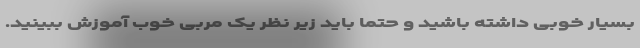
بسیار خوبی داشته باشید و حتما باید زیر نظر یک مربی خوب آموزش ببینید.